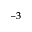
^ { - 3 }